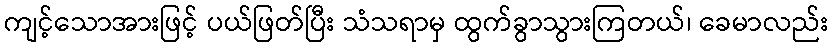
ကျင့်သောအားဖြင့် ပယ်ဖြတ်ပြီး သံသရာမှ ထွက်ခွာသွားကြတယ်၊ ခေမာလည်း